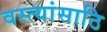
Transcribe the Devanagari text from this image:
वस्त्यांसाठि